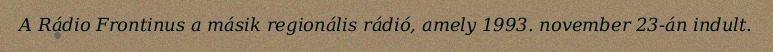
A Rádio Frontinus a másik regionális rádió, amely 1993. november 23-án indult.